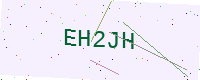
Text: EH2JH